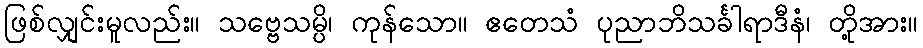
ဖြစ်လျှင်းမူလည်း။ သဗ္ဗေသမ္ပိ၊ ကုန်သော။ ဧတေသံ ပုညာဘိသင်္ခါရာဒီနံ၊ တို့အား။